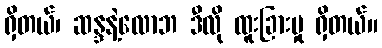
ရှိတယ်၊ ဆန္ဒနဲ့လောဘ ဒီလို ထူးခြားမှု ရှိတယ်။